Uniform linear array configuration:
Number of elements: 8
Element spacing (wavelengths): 0.25
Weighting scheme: kaiser
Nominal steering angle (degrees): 0
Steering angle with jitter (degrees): -0.04067
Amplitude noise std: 0.05
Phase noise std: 0.05

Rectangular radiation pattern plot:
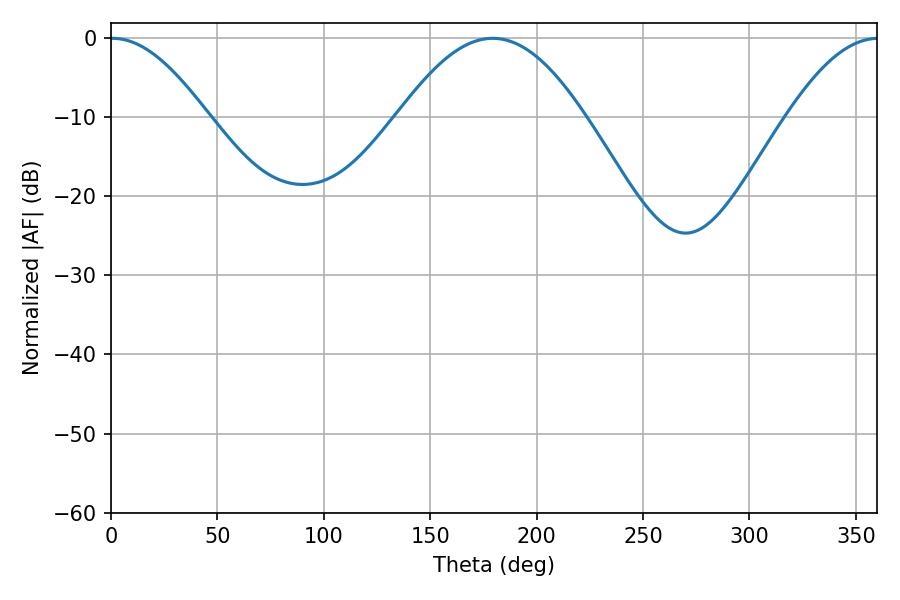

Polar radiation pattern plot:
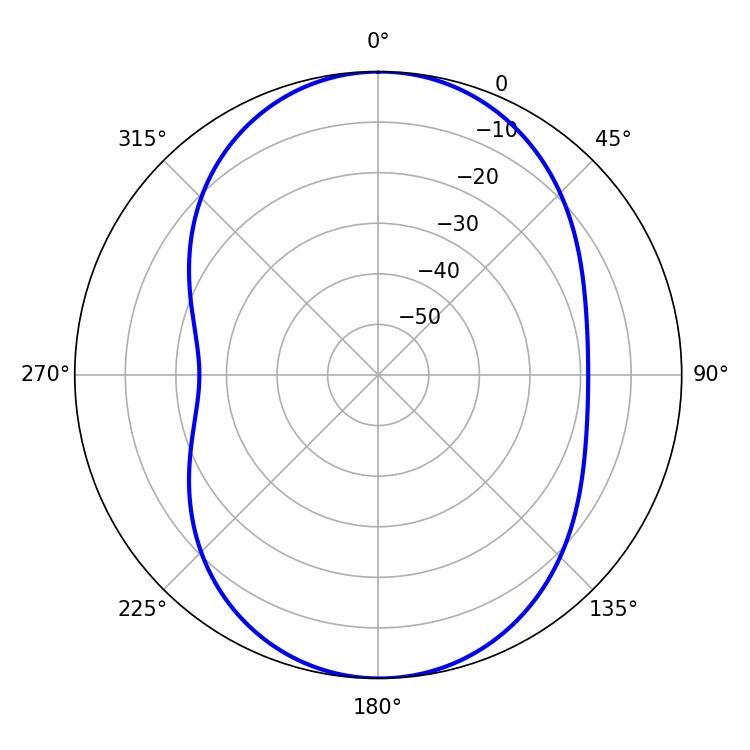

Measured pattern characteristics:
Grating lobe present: FALSE
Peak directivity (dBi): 16.196
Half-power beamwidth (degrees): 24.48
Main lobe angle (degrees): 0.72